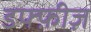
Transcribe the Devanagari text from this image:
डफ्फ़ीज़